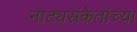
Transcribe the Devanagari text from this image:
नाट्यसंकेतांच्या